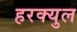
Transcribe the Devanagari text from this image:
हरक्युल